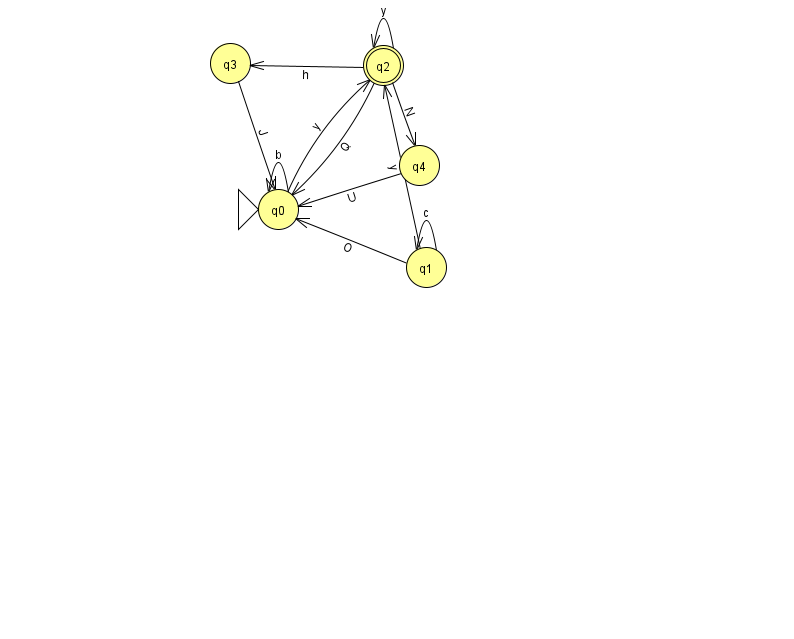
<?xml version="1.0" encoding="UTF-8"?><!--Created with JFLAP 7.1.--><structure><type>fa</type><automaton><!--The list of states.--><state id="0" name="q0"><x>278.0</x><y>196.0</y><initial/></state><state id="1" name="q1"><x>426.0</x><y>254.0</y></state><state id="2" name="q2"><x>383.0</x><y>52.0</y><final/></state><state id="3" name="q3"><x>230.0</x><y>50.0</y></state><state id="4" name="q4"><x>419.0</x><y>152.0</y></state><!--The list of transitions.--><transition><from>1</from><to>2</to><read>y</read></transition><transition><from>2</from><to>3</to><read>h</read></transition><transition><from>1</from><to>0</to><read>O</read></transition><transition><from>0</from><to>0</to><read>b</read></transition><transition><from>1</from><to>1</to><read>c</read></transition><transition><from>4</from><to>0</to><read>U</read></transition><transition><from>3</from><to>0</to><read>J</read></transition><transition><from>2</from><to>0</to><read>Q</read></transition><transition><from>2</from><to>4</to><read>N</read></transition><transition><from>2</from><to>2</to><read>y</read></transition><transition><from>0</from><to>2</to><read>y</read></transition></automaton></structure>